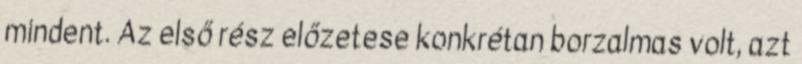
mindent. Az első rész előzetese konkrétan borzalmas volt, azt